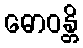
ဓောဝန္တိ